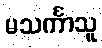
မသင်္ကာသူ